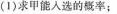
(1)求甲能人选的概率；